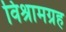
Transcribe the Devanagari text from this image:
विश्रामग्रह